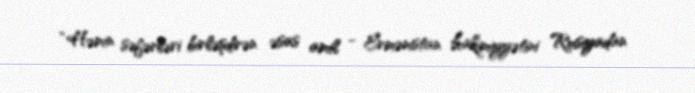
“Həmin səfərləri birləşdirən əsas amil - Ermənistan hakimiyyətini Rusiyadan